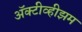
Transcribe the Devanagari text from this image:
ॲक्टीव्हीझम